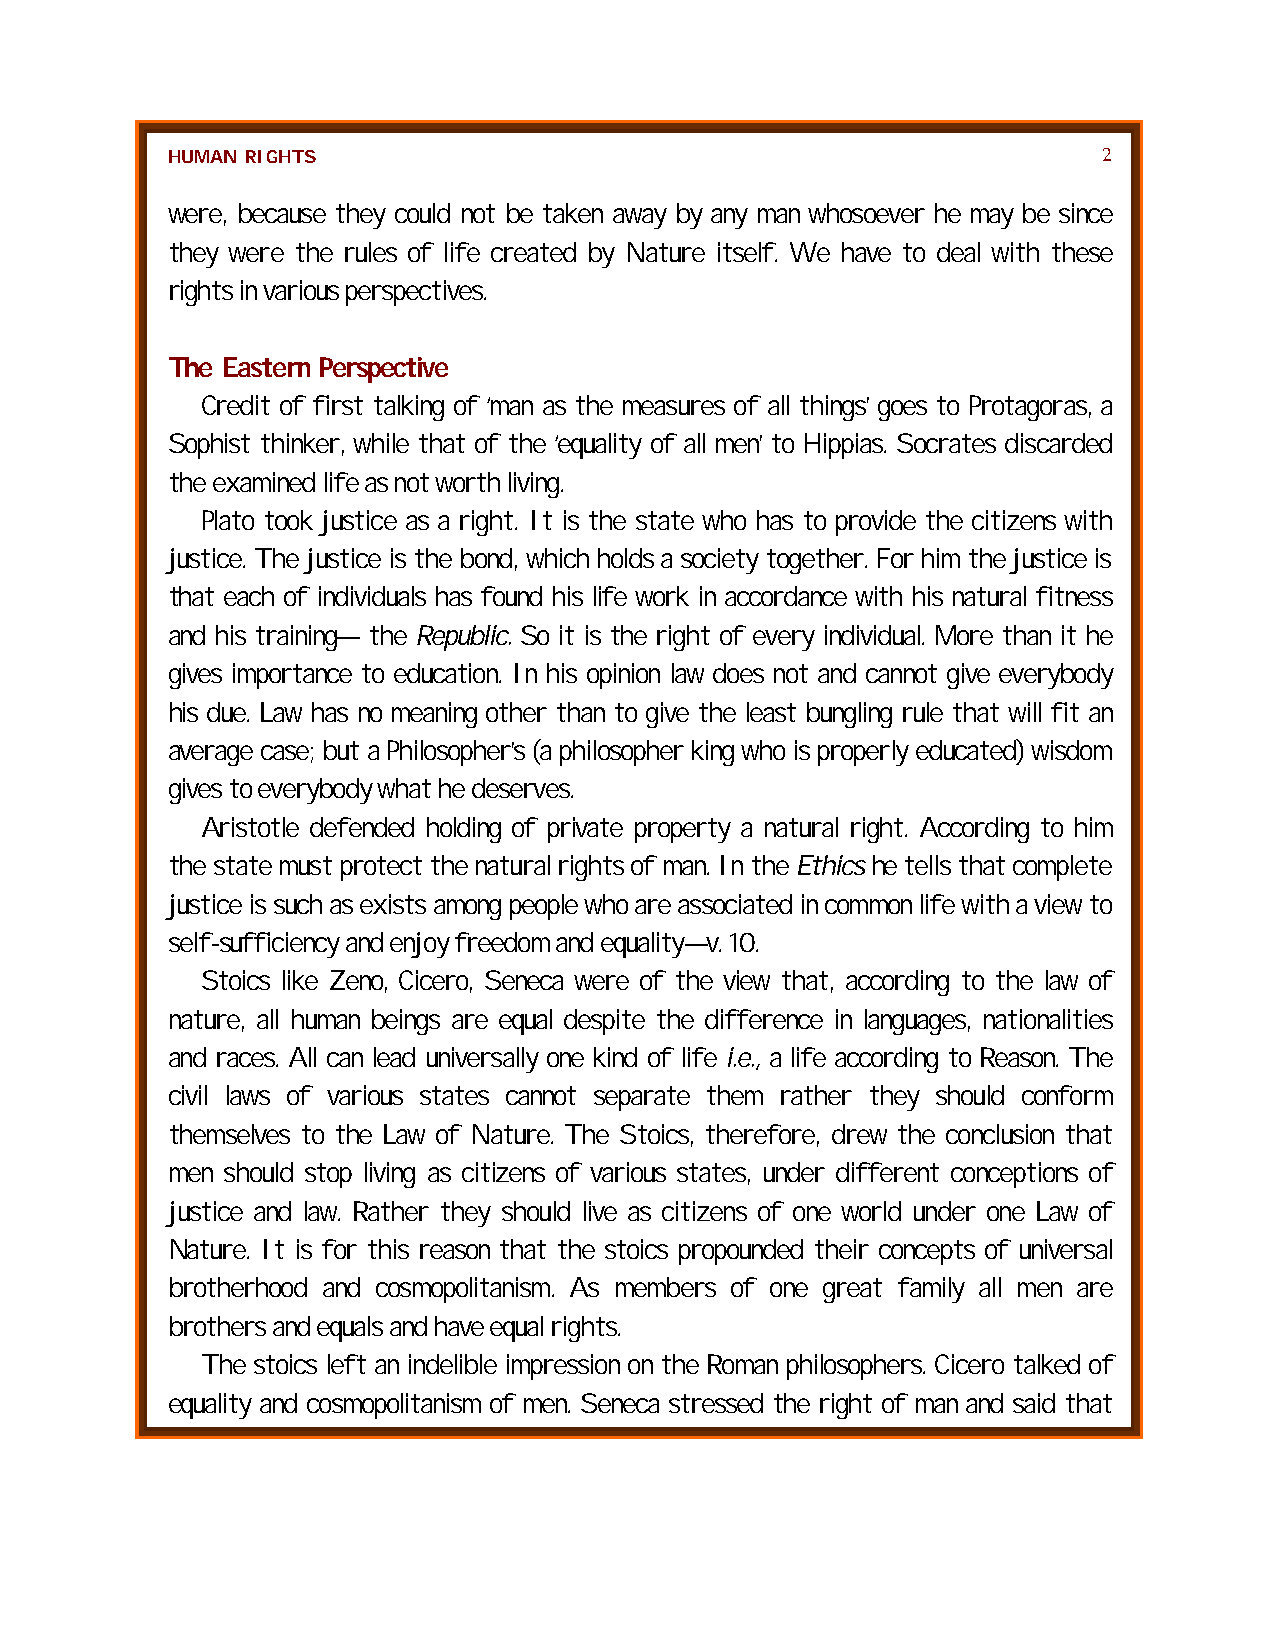
HUMAN RIGHTS                                                  2
 were, because they could not be taken away by any man whosoever he may be since
 they were the rules of life created by Nature itself. We have to deal with these
 rights in various perspectives.
 The Eastern Perspective
 Credit of first talking of ‘man as the measures of all things’ goes to Protagoras, a
 Sophist thinker, while that of the ‘equality of all men’ to Hippias. Socrates discarded
 the examined life as not worth living.
 Plato took justice as a right. It is the state who has to provide the citizens with
 justice. The justice is the bond, which holds a society together. For him the justice is
 that each of individuals has found his life work in accordance with his natural fitness
 and his training— the Republic. So it is the right of every individual. More than it he
 gives importance to education. In his opinion law does not and cannot give everybody
 his due. Law has no meaning other than to give the least bungling rule that will fit an
 average case; but a Philosopher’s (a philosopher king who is properly educated) wisdom
 gives to everybody what he deserves.
 Aristotle defended holding of private property a natural right. According to him
 the state must protect the natural rights of man. In the Ethics he tells that complete
 justice is such as exists among people who are associated in common life with a view to
 self-sufficiency and enjoy freedom and equality—v. 10.
 Stoics like Zeno, Cicero, Seneca were of the view that, according to the law of
 nature, all human beings are equal despite the difference in languages, nationalities
 and races. All can lead universally one kind of life i.e., a life according to Reason. The
 civil laws of various states cannot separate them rather they should conform
 themselves to the Law of Nature. The Stoics, therefore, drew the conclusion that
 men should stop living as citizens of various states, under different conceptions of
 justice and law. Rather they should live as citizens of one world under one Law of
 Nature. It is for this reason that the stoics propounded their concepts of universal
 brotherhood and cosmopolitanism. As members of one great family all men are
 brothers and equals and have equal rights.
 The stoics left an indelible impression on the Roman philosophers. Cicero talked of
 equality and cosmopolitanism of men. Seneca stressed the right of man and said that